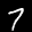
Label: 7